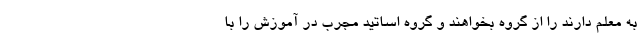
به معلم دارند را از گروه بخواهند و گروه اساتید مجرب در آموزش را با